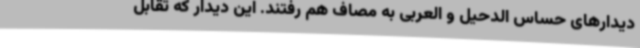
دیدارهای حساس الدحیل و العربی به مصاف هم رفتند. این دیدار که تقابل